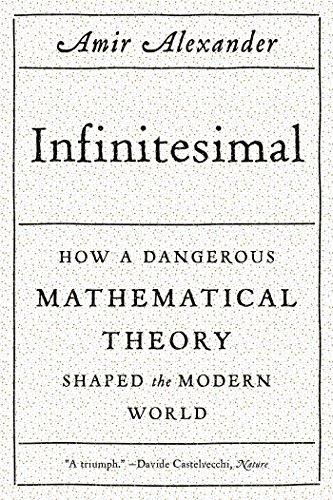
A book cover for Infinitesimal: How a Dangerous Mathematical Theory Shaped the Modern World; Amir Alexander; Science & Math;